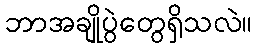
ဘာအချိုပွဲတွေရှိသလဲ။